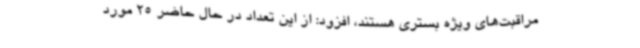
مراقبت‌های ویژه بستری هستند، افزود: از این تعداد در حال حاضر 25 مورد